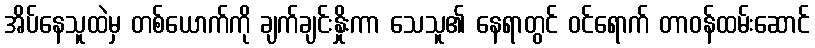
အိပ်နေသူထဲမှ တစ်ယောက်ကို ချက်ချင်းနှိုးကာ သေသူ၏ နေရာတွင် ဝင်ရောက် တာဝန်ထမ်းဆောင်